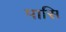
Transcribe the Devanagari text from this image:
पासि